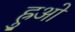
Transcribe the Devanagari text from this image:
ह्रुओ